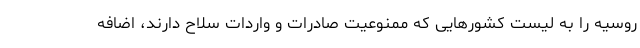
روسیه را به لیست کشورهایی که ممنوعیت صادرات و واردات سلاح دارند، اضافه